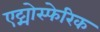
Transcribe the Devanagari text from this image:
एट्मोस्फेरिक